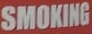
SMOKING